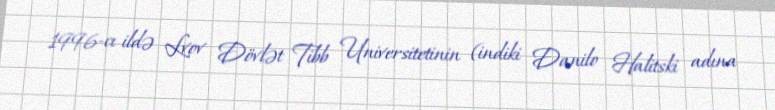
1996-cı ildə Lvov Dövlət Tibb Universitetinin (indiki Danilo Halitski adına